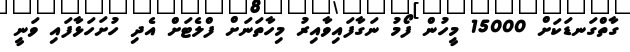
ގާތްގަނޑަކަށް 15000 މީހުން ފޯމު ނަގާފައިވާއިރު މިހާތަނަށް ފްލެޓަށް އެދި ހުށަހަޅާފައި ވަނީ